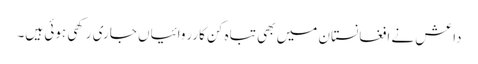
داعش نے افغانستان میں بھی تباہ کن کارروائیاں جاری رکھی ہوئی ہیں۔